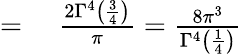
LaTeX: \begin{array}{rl}{={}}&{{}{\frac{2\Gamma^{4}\left({\frac{3}{4}}\right)}{\pi}}={\frac{8\pi^{3}}{\Gamma^{4}\left({\frac{1}{4}}\right)}}}\end{array}